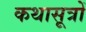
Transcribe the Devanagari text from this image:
कथासूत्रों